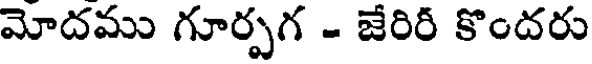
మోదము గూర్పగ - జేరిరీ కొందరు